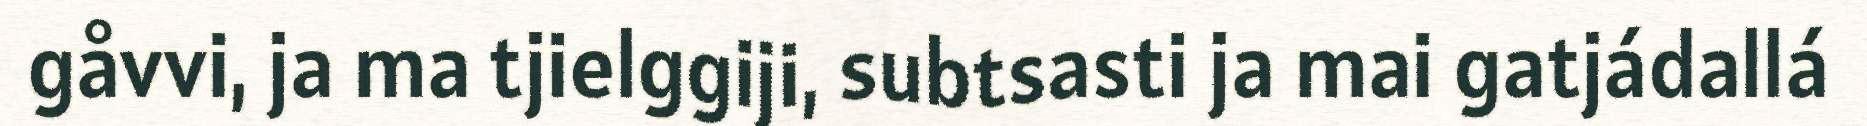
gåvvi, ja ma tjielggiji, subtsasti ja mai gatjádallá